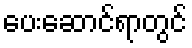
ပေးဆောင်ရာတွင်